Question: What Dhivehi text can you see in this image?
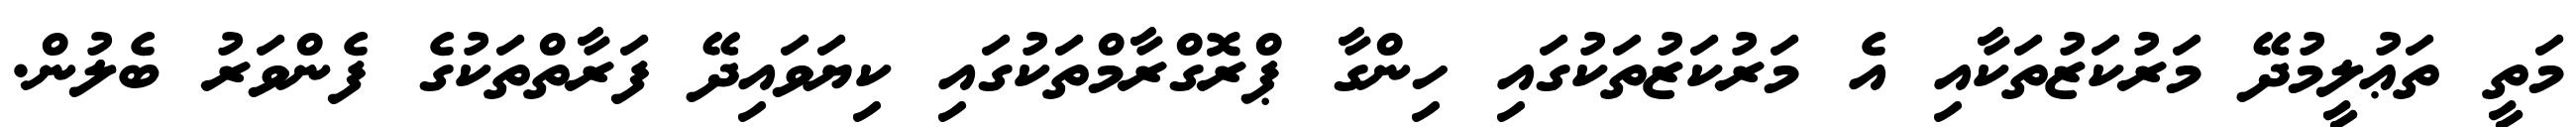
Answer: މަތީ ތަޢުލީމުދޭ މަރުކަޒުތަކާއި އެ މަރުކަޒުތަކުގައި ހިންގާ ޕްރޮގްރާމްތަކުގައި ކިޔަވައިދޭ ފަރާތްތަކުގެ ފެންވަރު ބެލުން.